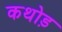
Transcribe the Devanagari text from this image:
कथोड़